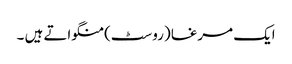
ایک مرغا (روسٹ) منگواتے ہیں ۔